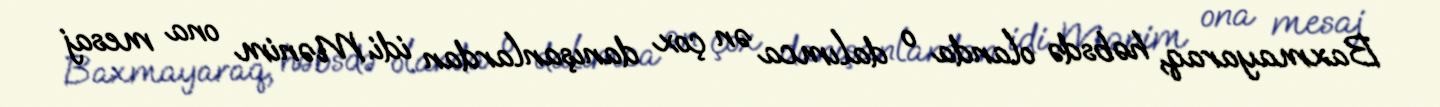
Baxmayaraq, həbsdə olanda o dalımca ən çox danışanlardan idi. Mənim ona mesaj